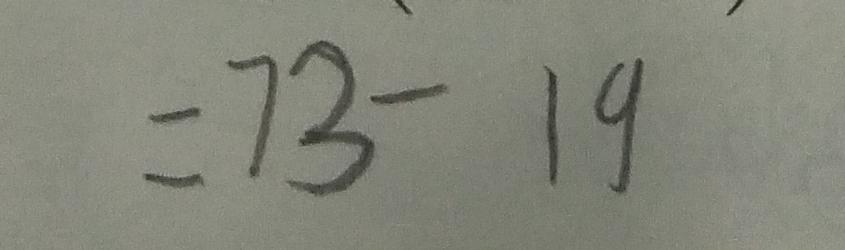
= 7 3 - 1 9